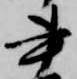
書